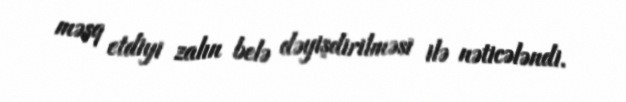
məşq etdiyi zalın belə dəyişdirilməsi ilə nəticələndi.